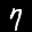
Label: 7